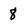
Character: 8